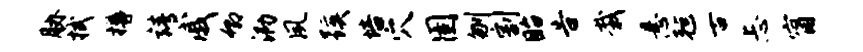
胁拭樽靖戚卿泐夙蹊培穴圉刎割眙告栽悬毡古忐甯